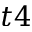
t 4